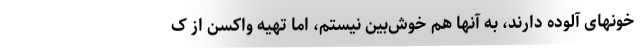
خونهای آلوده دارند، به آنها هم خوش‌بین نیستم، اما تهیه واکسن از ک